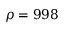
\rho = 9 9 8